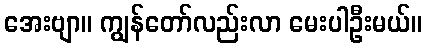
အေးဗျာ။ ကျွန်တော်လည်းလာ မေးပါဦးမယ်။